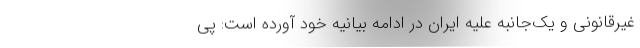
غیرقانونی و یک‌جانبه علیه ایران در ادامه بیانیه خود آورده است: پی